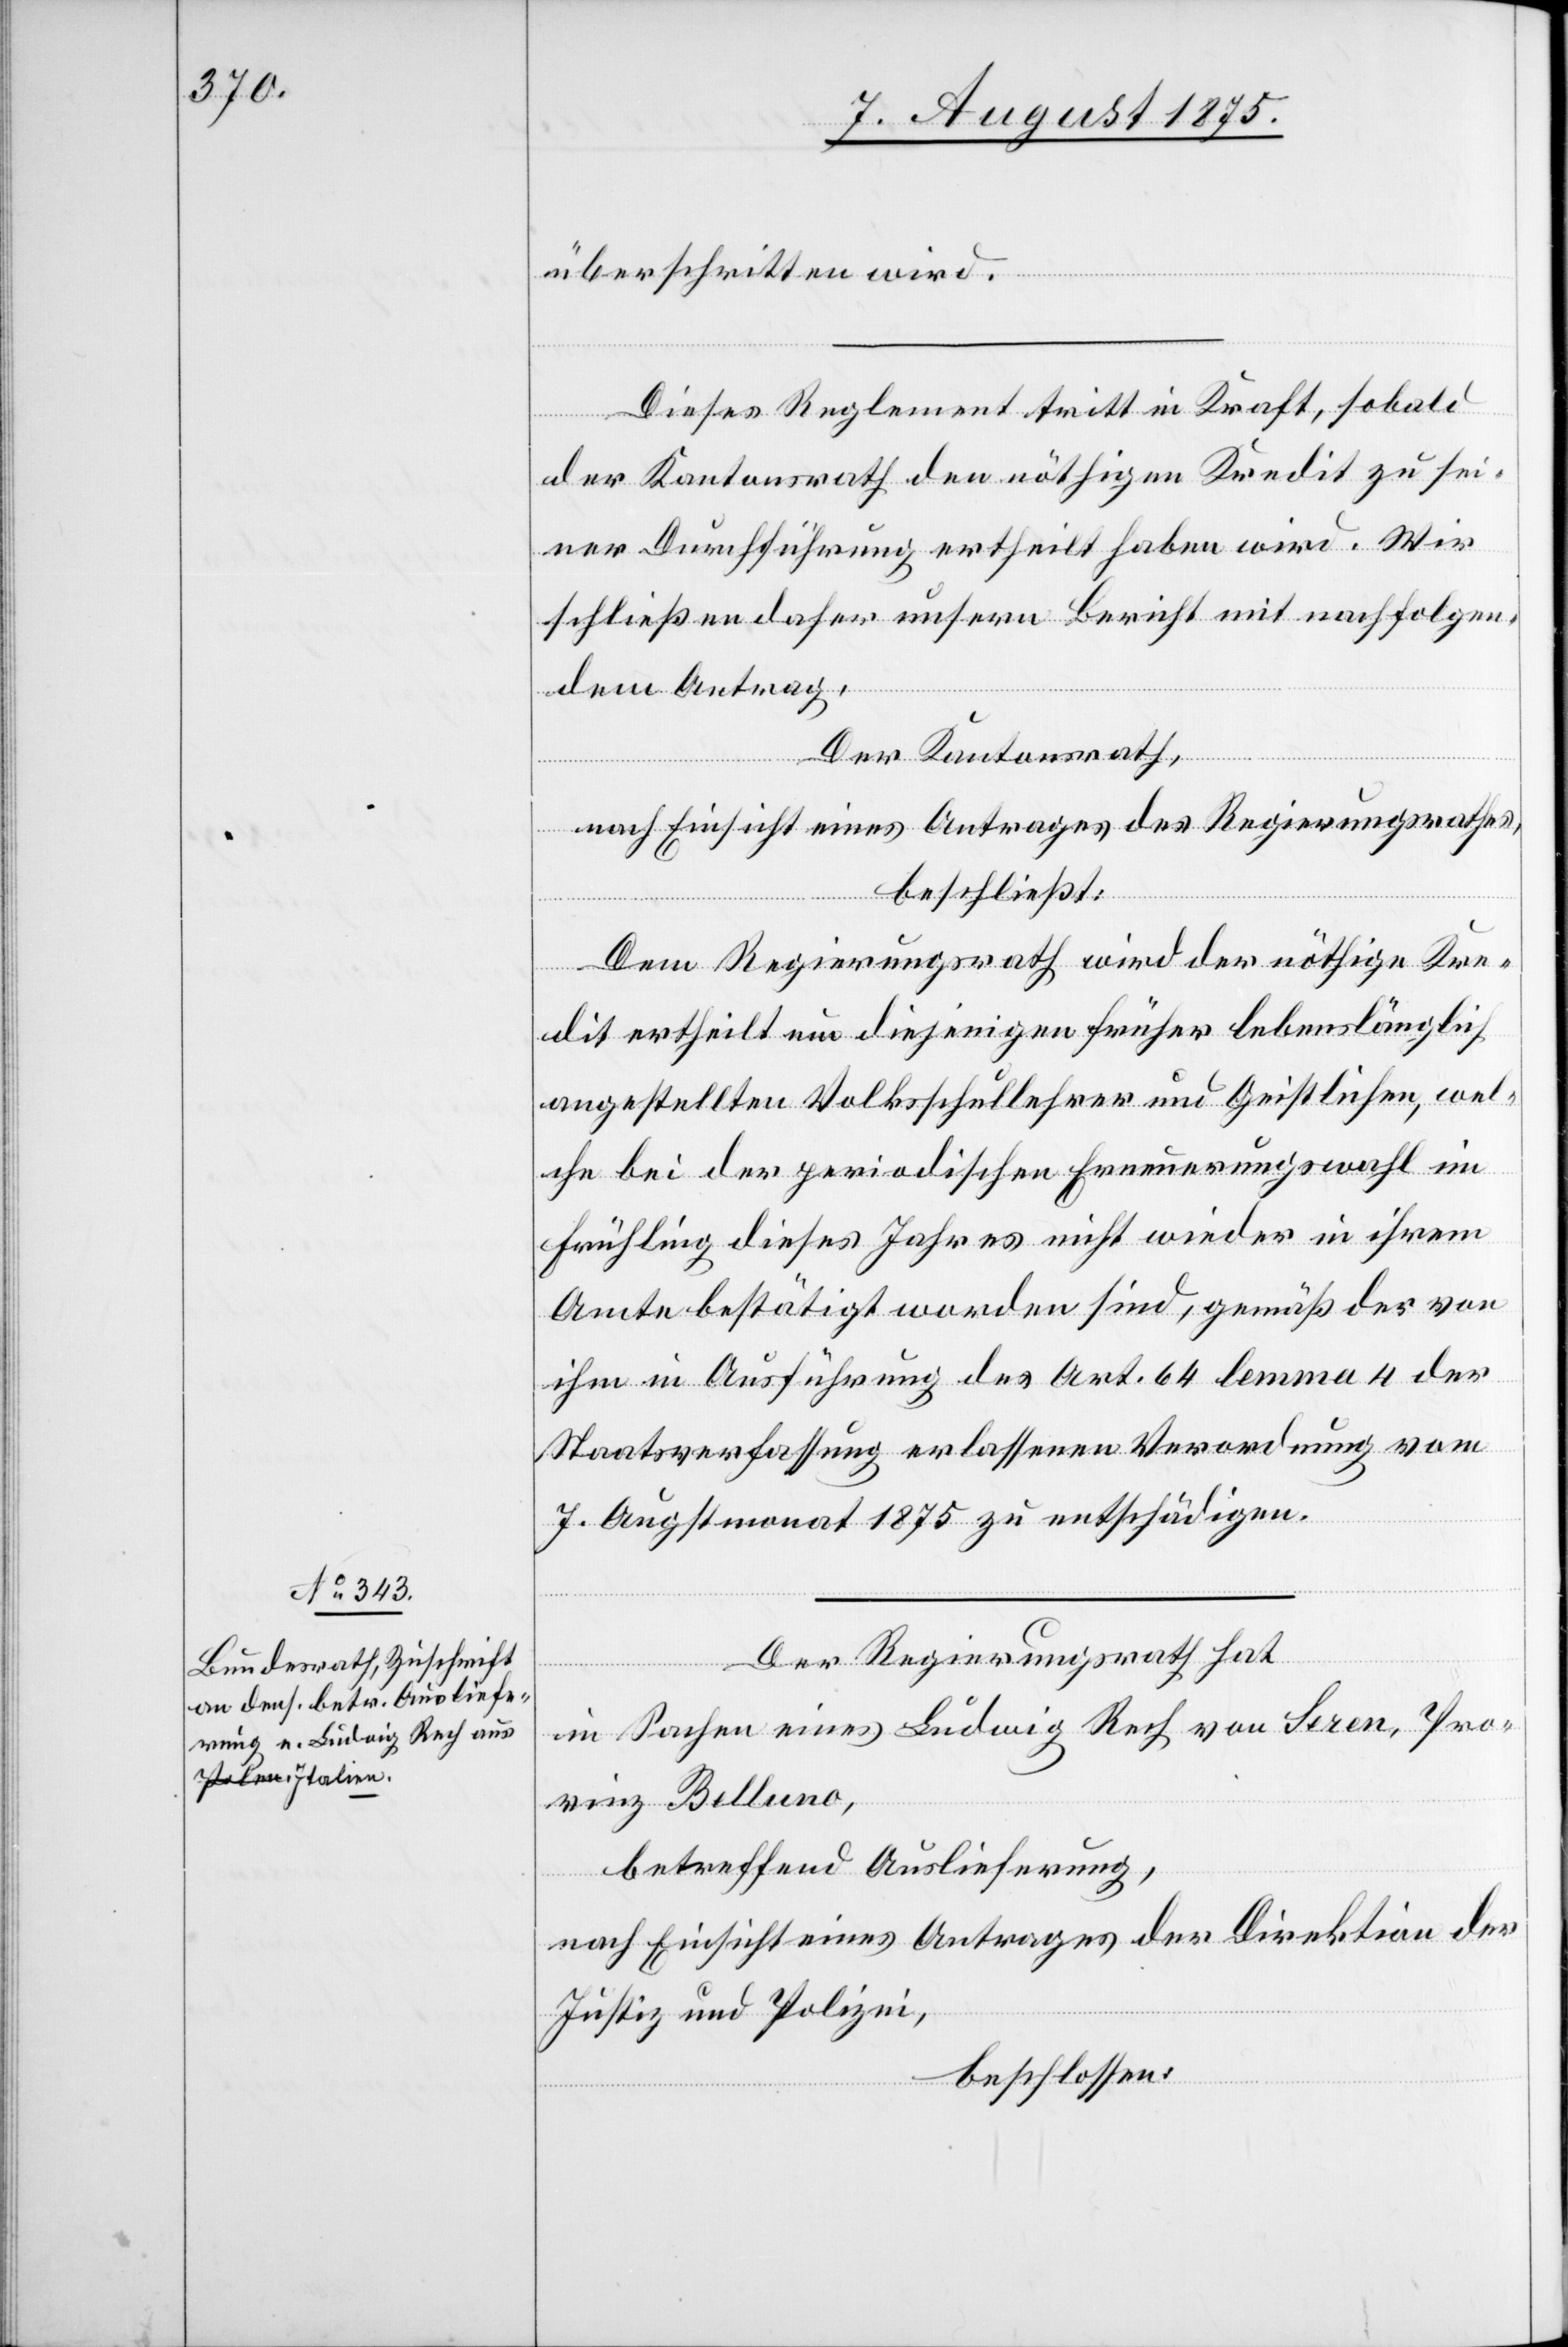
überschritten wird.
Dieses Reglement tritt in Kraft, sobald
der Kantonsrath den nöthigen Kredit zu sei¬
ner Durchführung ertheilt haben wird. Wir
schließen daher unsern Bericht mit nachfolgen¬
dem Antrag.
Der Kantonsrath,
nach Einsicht eines Antrages des Regierungsrathes,
beschließt:
Dem Regierungsrath wird der nöthige Kre¬
dit ertheilt um diejenigen früher lebenslänglich
angestellten Volksschullehrer und Geistlichen, wel¬
che bei der periodischen Erneuerungswahl im
Frühling dieses Jahres nicht wieder in ihrem
Amte bestätigt worden sind, gemäß der von
ihm in Ausführung des Art 64 lemma 4 der
Staatsverfassung erlassenen Verordnung vom
7. Augstmonat 1875 zu entschädigen.
Der Regierungsrath hat,
in Sachen eines Ludwig Rech von Seren, Pro¬
vinz Belluno,
betreffend Auslieferung,
nach Einsicht eines Antrages der Direktion der
Justiz und Polizei,
beschlossen: